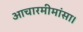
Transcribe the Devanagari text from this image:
आचारमीमांसा।